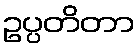
ဥပ္ပတိတာ